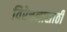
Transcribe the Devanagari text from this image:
विरेचनासाठी